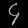
Digit: ၄